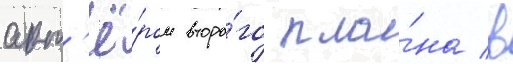
акт'ё́ром второ́го пла́на в